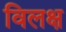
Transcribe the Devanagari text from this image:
विलक्ष